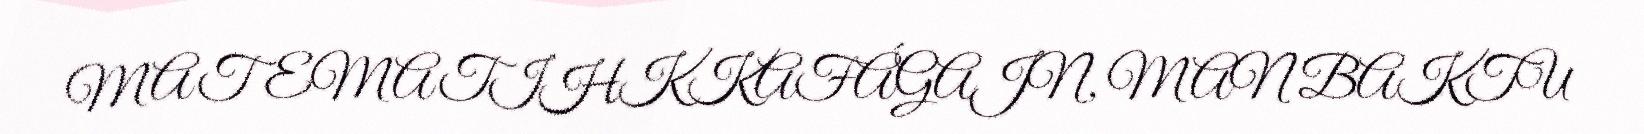
MATEMATIHKKAFÁGAJN, MAN BAKTU